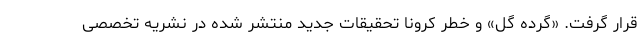
قرار گرفت. «گرده گل» و خطر کرونا تحقیقات جدید منتشر شده در نشریه تخصصی